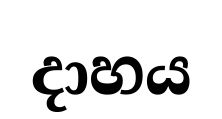
දාහය